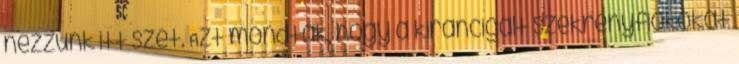
nézzünk itt szét. Azt mondták, hogy a kiráncigált szekrényfiókokat